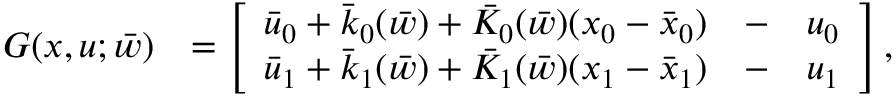
\begin{array} { r l } { G ( x , u ; \bar { w } ) } & { = \left[ \begin{array} { l l l } { \bar { u } _ { 0 } + \bar { k } _ { 0 } ( \bar { w } ) + \bar { K } _ { 0 } ( \bar { w } ) ( x _ { 0 } - \bar { x } _ { 0 } ) } & { - } & { u _ { 0 } } \\ { \bar { u } _ { 1 } + \bar { k } _ { 1 } ( \bar { w } ) + \bar { K } _ { 1 } ( \bar { w } ) ( x _ { 1 } - \bar { x } _ { 1 } ) } & { - } & { u _ { 1 } } \end{array} \right] , } \end{array}